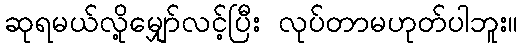
ဆုရမယ်လို့မျှော်လင့်ပြီး လုပ်တာမဟုတ်ပါဘူး။